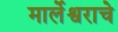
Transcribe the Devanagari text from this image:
मार्लेश्वराचे